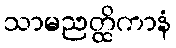
သာမညတ္ထိကာနံ